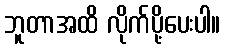
ဘူတာအထိ လိုက်ပို့ပေးပါ။